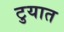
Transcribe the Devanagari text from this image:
टुयात